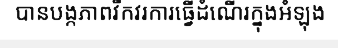
បានបង្កភាពវឹកវរការធ្វើដំណើរក្នុងអំឡុង